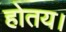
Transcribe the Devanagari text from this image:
होतय।